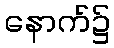
နောက်၌